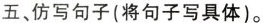
五、仿写句子(将句子写具体)。